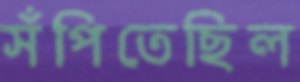
সঁপিতেছিল